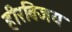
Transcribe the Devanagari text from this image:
हीरविजय